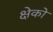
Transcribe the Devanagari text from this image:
क्षेको